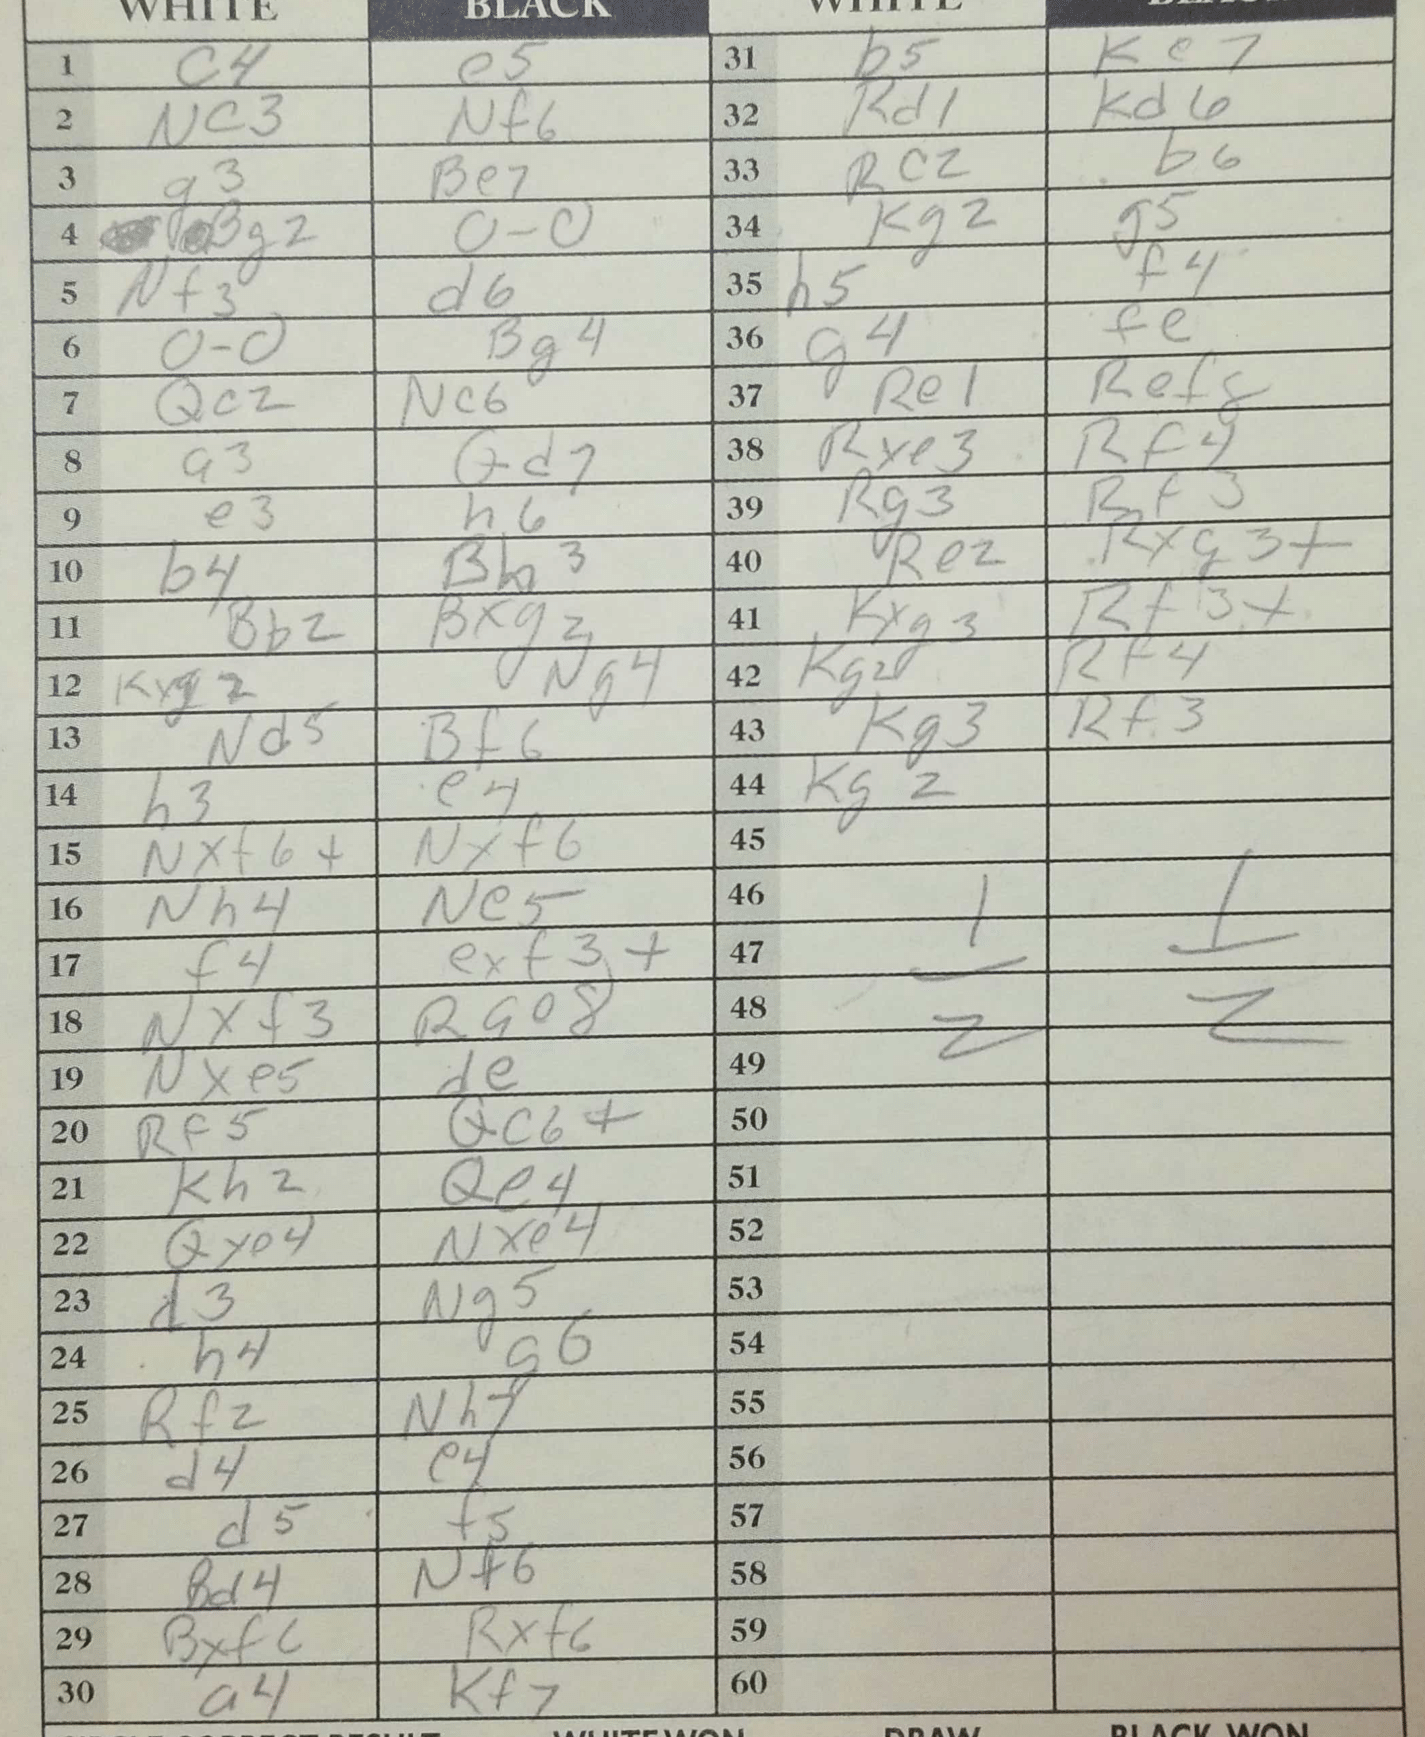
Moves: c4 e5 Nc3 Nf6 g3 Be7 Bg2 O-O Nf3 d6 O-O Bg4 Qc2 Nc6 a3 Qd7 e3 h6 b4 Bh3 Bb2 Bxg2 Kxg2 Ng4 Nd5 Bf6 h3 e4 Nxf6+ Nxf6 Nh4 Ne5 f4 exf3+ Nxf3 Rae8 Nxe5 de Rf5 Qc6+ Kh2 Qe4 Qxe4 Nxe4 d3 Ng5 h4 g6 Rf2 Nh7 d4 e4 d5 f5 Bd4 Nf6 Bxf6 Rxf6 a4 Kf7 b5 Ke7 Rd1 Kd6 Rc2 b6 Kg2 g5 h5 f4 g4 fe Re1 Ref8 Rxe3 Rf4 Rg3 Bf3 Re2 Rxg3+ Kxg3 Rf3+ Kg2 Rf4 Kg3 Rf3 Kg2